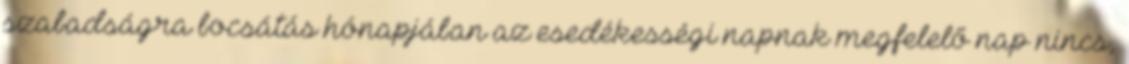
szabadságra bocsátás hónapjában az esedékességi napnak megfelelő nap nincs,